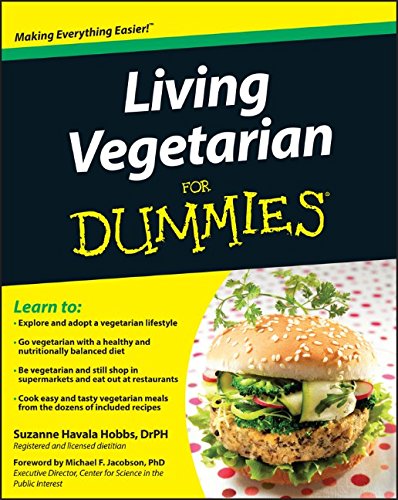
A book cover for Living Vegetarian For Dummies; Suzanne Havala Hobbs; Health, Fitness & Dieting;